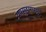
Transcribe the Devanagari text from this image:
अमसुङमाखुम